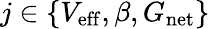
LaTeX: j\in\{ V_{\mathrm{eff}},\beta,G_{\mathrm{net}}\}